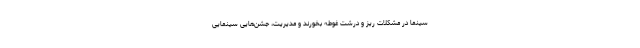
سینما در مشکلات ریز و درشت غوطه بخورند و مدیریت، جشن‌هایی سینمایی